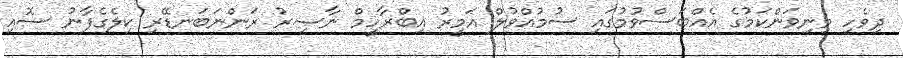
ދިވެހި މިނިވަންކަމުގެ އެއްބަސްވުމުގައި ސުމުއްވުލް އަމީރު އިބްރާހީމް ނާޞިރު ރަންނަބަނޑޭރި ކިލެގެފާނު ސޮއި